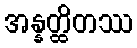
အန္နတ္ထိတဿ